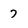
Character: 7